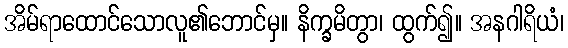
အိမ်ရာထောင်သောလူ၏ဘောင်မှ။ နိက္ခမိတွာ၊ ထွက်၍။ အနဂါရိယံ၊